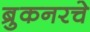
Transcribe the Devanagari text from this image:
ब्रुकनरचे